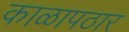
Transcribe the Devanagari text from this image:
काळापठार